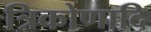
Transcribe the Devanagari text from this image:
त्रिकोणादि